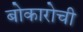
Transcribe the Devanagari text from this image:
बोकारोची